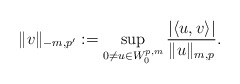
\begin{align*}\|v\|_{-m,p'}:=\sup_{0\not=u\in W^{p,m}_0}\frac{|\langle u,v\rangle|}{\|u\|_{m,p}}.\end{align*}